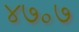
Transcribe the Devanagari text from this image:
४७॰७